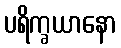
ပရိက္ခယာနော